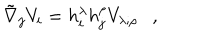
\tilde { \nabla } _ { j } V _ { i } = h _ { i } ^ { \lambda } h _ { j } ^ { \rho } V _ { \lambda ; \rho } ,